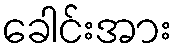
ခေါင်းအား